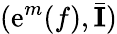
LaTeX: (\mathrm{e}^{m}(f),\bar{{{\mathbf{{I}}}}})